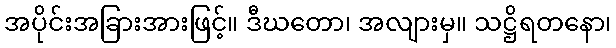
အပိုင်းအခြားအားဖြင့်။ ဒီဃတော၊ အလျားမှ။ သဋ္ဌိရတနော၊